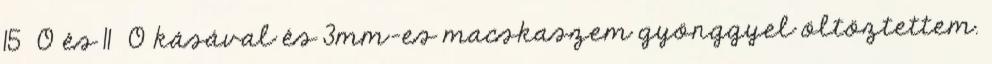
15 0 és 11 0 kásával és 3mm-es macskaszem gyönggyel öltöztettem.